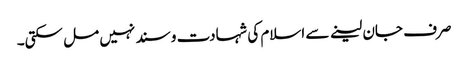
صرف جان لینے سے اسلام کی شہادت و سند نہیں مل سکتی۔